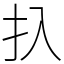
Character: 扖